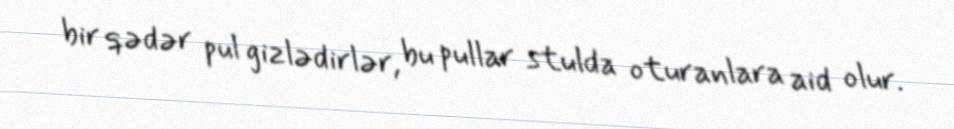
bir qədər pul gizlədirlər, bu pullar stulda oturanlara aid olur.